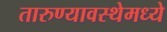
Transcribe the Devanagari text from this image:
तारुण्यावस्थेमध्ये